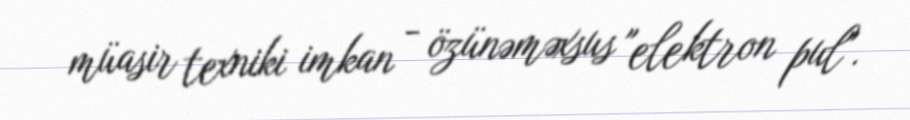
müasir texniki imkan - özünəməxsus "elektron pul".